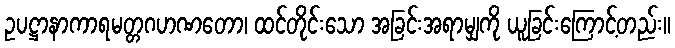
ဥပဋ္ဌာနာကာရမတ္တဂဟဏတော၊ ထင်တိုင်းသော အခြင်းအရာမျှကို ယူခြင်းကြောင့်တည်း။